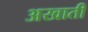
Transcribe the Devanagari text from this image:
अखाती